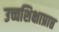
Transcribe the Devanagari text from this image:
उच्चशिक्षाप्राप्त